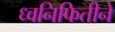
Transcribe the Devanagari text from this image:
ध्वनिफितीने